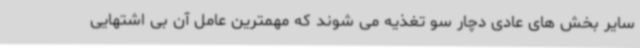
سایر بخش های عادی دچار سو تغذیه می شوند که مهمترین عامل آن بی اشتهایی